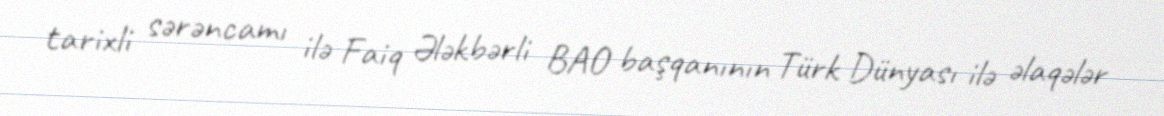
tarixli sərəncamı ilə Faiq Ələkbərli BAO başqanının Türk Dünyası ilə əlaqələr